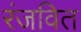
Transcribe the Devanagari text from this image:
रंजवित